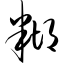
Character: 糊